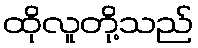
ထိုလူတို့သည်